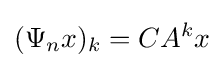
(\Psi _{n}x)_{k}=CA^{k}x